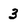
Character: 3